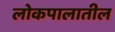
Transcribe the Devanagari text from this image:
लोकपालातील